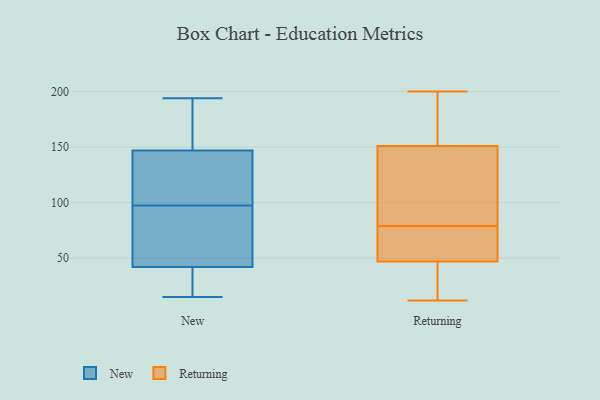
{"axis": {"x": "Website Visitors", "y": "Value"}, "legend": ["New", "Returning"], "data": [{"x": "", "y": 153, "type": "New"}, {"x": "", "y": 15, "type": "New"}, {"x": "", "y": 99, "type": "New"}, {"x": "", "y": 31, "type": "New"}, {"x": "", "y": 26, "type": "New"}, {"x": "", "y": 55, "type": "New"}, {"x": "", "y": 163, "type": "New"}, {"x": "", "y": 191, "type": "New"}, {"x": "", "y": 110, "type": "New"}, {"x": "", "y": 27, "type": "New"}, {"x": "", "y": 81, "type": "New"}, {"x": "", "y": 96, "type": "New"}, {"x": "", "y": 53, "type": "New"}, {"x": "", "y": 186, "type": "New"}, {"x": "", "y": 194, "type": "New"}, {"x": "", "y": 82, "type": "New"}, {"x": "", "y": 141, "type": "New"}, {"x": "", "y": 24, "type": "New"}, {"x": "", "y": 135, "type": "New"}, {"x": "", "y": 101, "type": "New"}, {"x": "", "y": 161, "type": "Returning"}, {"x": "", "y": 19, "type": "Returning"}, {"x": "", "y": 121, "type": "Returning"}, {"x": "", "y": 12, "type": "Returning"}, {"x": "", "y": 82, "type": "Returning"}, {"x": "", "y": 45, "type": "Returning"}, {"x": "", "y": 161, "type": "Returning"}, {"x": "", "y": 58, "type": "Returning"}, {"x": "", "y": 53, "type": "Returning"}, {"x": "", "y": 200, "type": "Returning"}, {"x": "", "y": 79, "type": "Returning"}]}